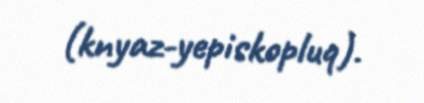
(knyaz-yepiskopluq).